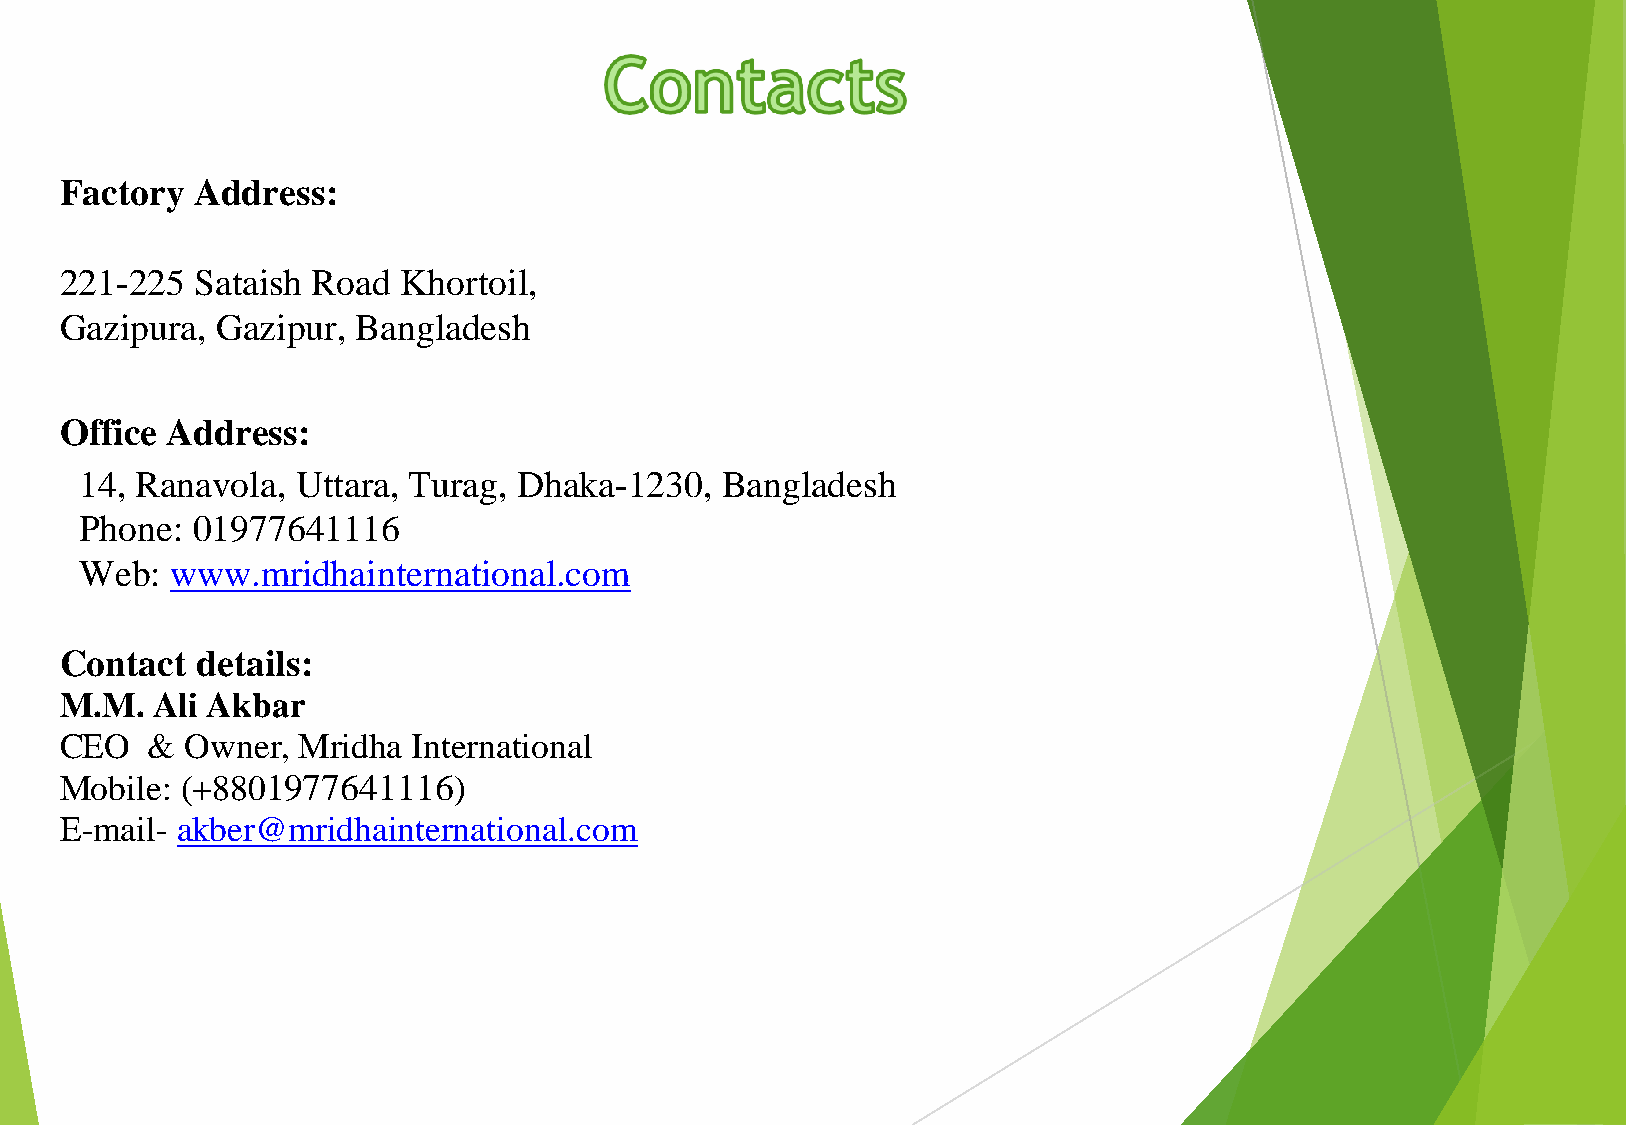
Factory  Address:
 221-225  Sataish Road  Khortoil,
 Gazipura, Gazipur,  Bangladesh
 Office Address:
 14, Ranavola,  Uttara, Turag, Dhaka-1230,  Bangladesh
 Phone:  01977641116
 Web:  www.mridhainternational.com
 Contact  details:
 M.M.  Ali Akbar
 CEO   & Owner,  Mridha International
 Mobile: (+8801977641116)
 E-mail- akber@mridhainternational.com